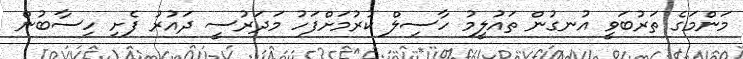
މަންމަގެ ތަރުބަވީ އުނގުން ތައުލީމު ހާސިލް ކުރުމަށްފަހު މަދަރުސީ ދައުރު ފެށި ހިސާބުން